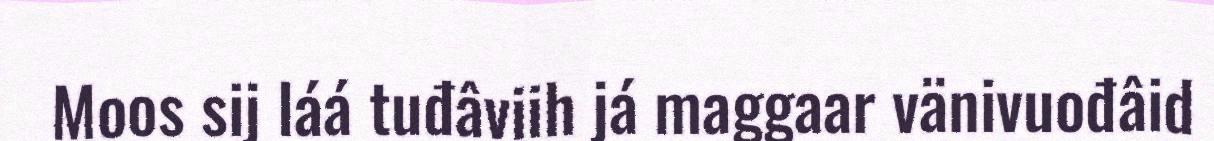
Moos sij láá tuđâviih já maggaar vänivuođâid